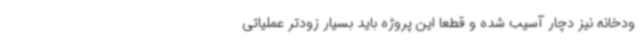
ودخانه نیز دچار آسیب شده و قطعا این پروژه باید بسیار زودتر عملیاتی